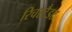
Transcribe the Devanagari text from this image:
रिचस्टैडट